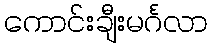
ကောင်းချီးမင်္ဂလာ